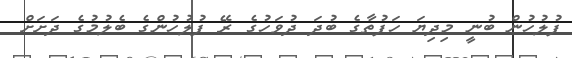
ފުލުހުން ބުނީ މިދިޔަ ހަފުތާގެ ބުދަ ދުވަހުގެ ރޭ ފުލުހުންގެ ބެލުމުގެ ދަށަށް